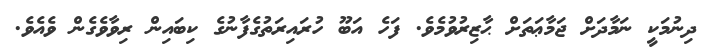
ދިނުމަކީ ނަމާދަށް ޖަމާޢަތަށް ޙާޒިރުވުމެވެ. ފަހެ އަބޫ ހުރައިރަތުގެފާނުގެ ކިބައިން ރިވާވެގެން ވެއެވެ.